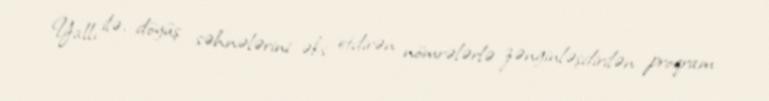
Yallı ilə, döyüş səhnələrini əks etdirən nömrələrlə zənginləşdirilən proqram